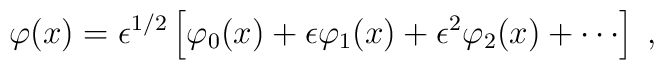
\varphi(x)=\epsilon^{1/2}\left\lbrack\varphi_0(x)+\epsilon\varphi_1(x)+\epsilon^2\varphi_2(x)+\cdots\right\rbrack\;,